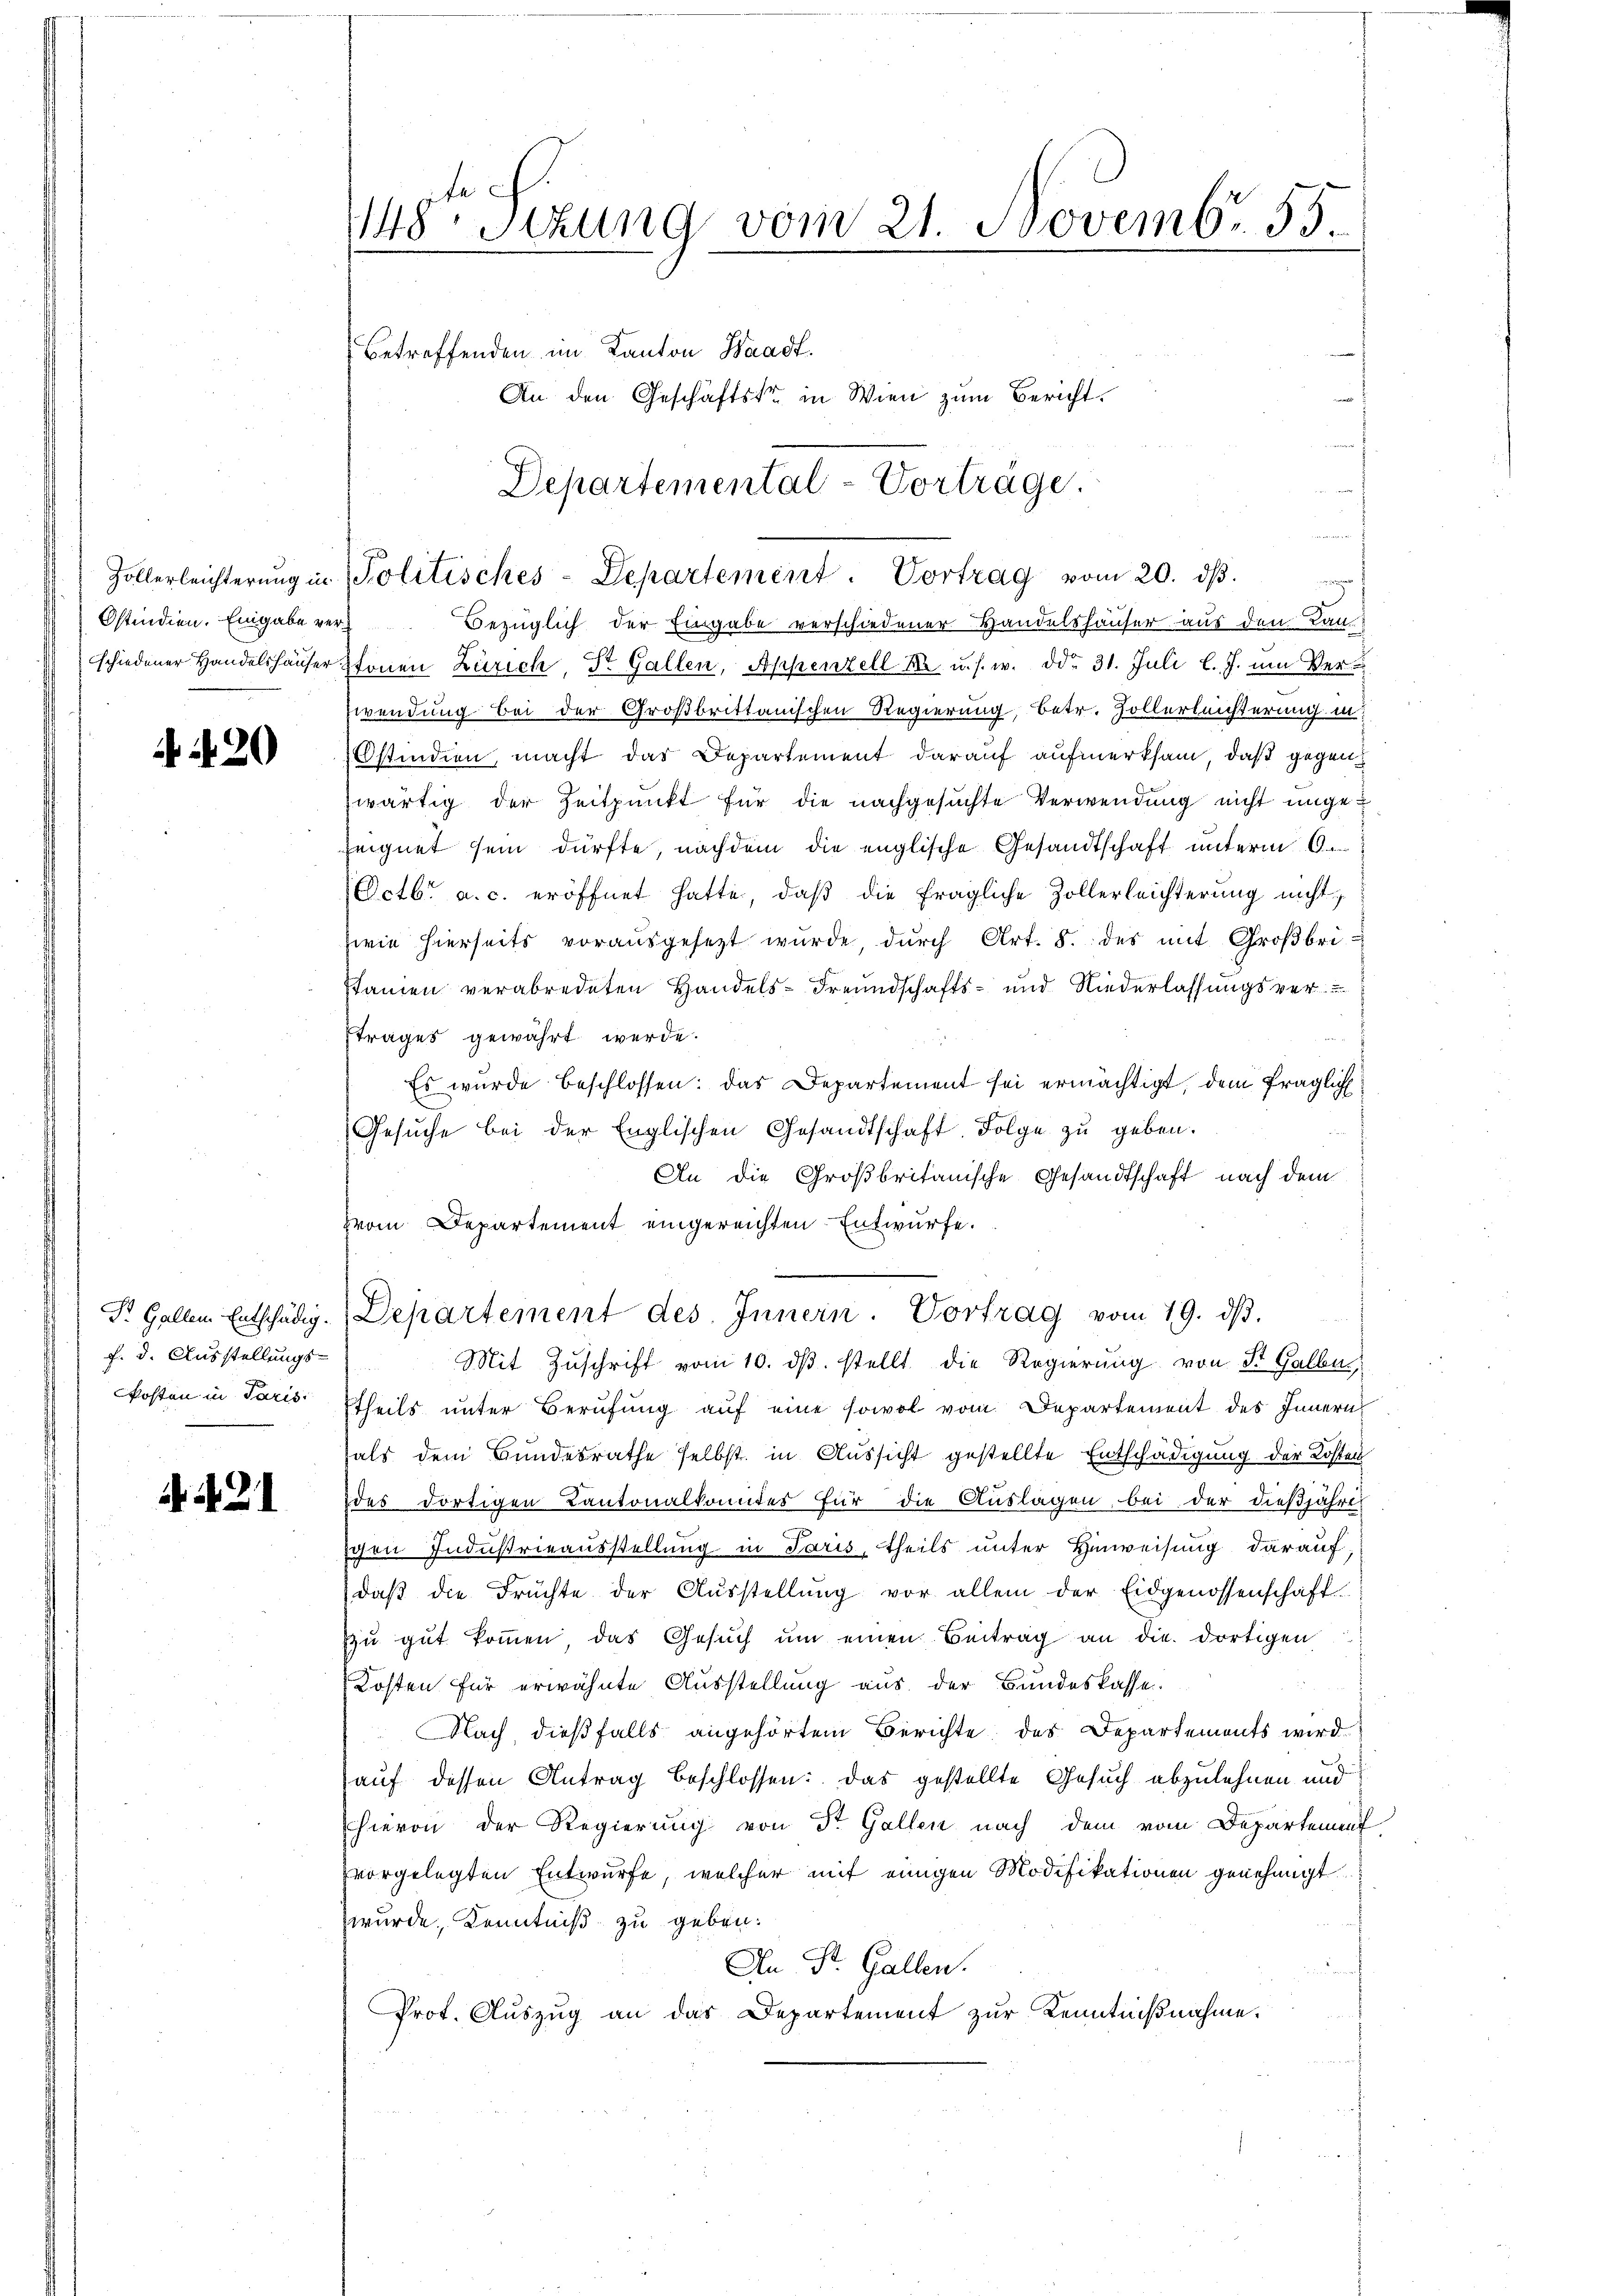
N. 20

f. d. Ausstellungs-
kosten in Paris

421

148ten Sizung vom 21. Novembr. 55.

Departemental-Vorträge.

betreffenden im Kanton Waadt.
An den Geschäftstr. in Wien zum Bericht.

Hollerleichterŭng in Politisches-Departement. Vortrag vom 20. dβ.

e
Ostindien. Eingabe vers Bezüglich der Eingabe verschiedener Handelshäuser aus den Lan
schiedener Handelshäuser Stonen Zürich, Dr. Gallen, Appenzell A. u. s. w. ddo 31. Juli l. J. um Verwendung bei der Großbrittanischen Regierung, betr. Hollerleichterung in
Ostindien, macht das Departement darauf aufmerksam, daß gegen
zwärtig der Zeitpunkt für die nachgesuchte Verwendung nicht unge¬
Zeignet sein dürfte, nachdem die englische Gesandtschaft unterm 6.
Octbr. a. c. eröffnet hatte, daß die fragliche Zollerleichterung nicht
wie hierseits vorausgesetzt wŭrde, dŭrch Art. 8. des mit Großbri-
stamen verabredeten Handels- Freundschafts- und Niederlassungsver-
ftrages gewährt werde.
Es wurde beschlossen: das Departement sei ermächtigt, dem fraglich¬
Gesuche bei der Englischen Gesandtschaft. Folge zu geben.
An die Großbritanische Gesandtschaft nach dem
zvom Departement eingereichten Entwürfe.
Mit Zŭschrift vom 10. dβ. stellt die Regierŭng von St. Galle
theils unter Berufung auf eine sowol vom Departement des Innern
als dem Bundesrathe selbst in Aussicht gestellte Entschädigung der Kosten
des dortigen Kantonalkomiter für die Auslagen bei der dießjähre
igen Industrieausstellung in Paris, theils unter Hinweisung darauf,
daβ die Früchte der Aŭsstellŭng vor allem der Eidgenossenschaft
zu gut kommen, das Gesŭch ŭm einen Beitrag an die dortigen
Kosten für erwähnte Ausstellung aus der Bundeskasse.
Nach dießfalls angehörtem Berichte des Departements wird
auf dessen Antrag beschlossen: Das gestellte Gesuch abzulehnen und
hievon der Regierung von St. Gallen nach dem vom Departenauf
vorgelegten Entwurfe, welcher mit einigen Modifikationen genehmigt
wurde, Kenntniß zu geben.
An Dr. Gallen.
Prot. Auszug an das Departement zur Kenntnißnahme.

Pr. Gallen Entschädig. (Departement des Innern. Vortrag vom 19. dβ.